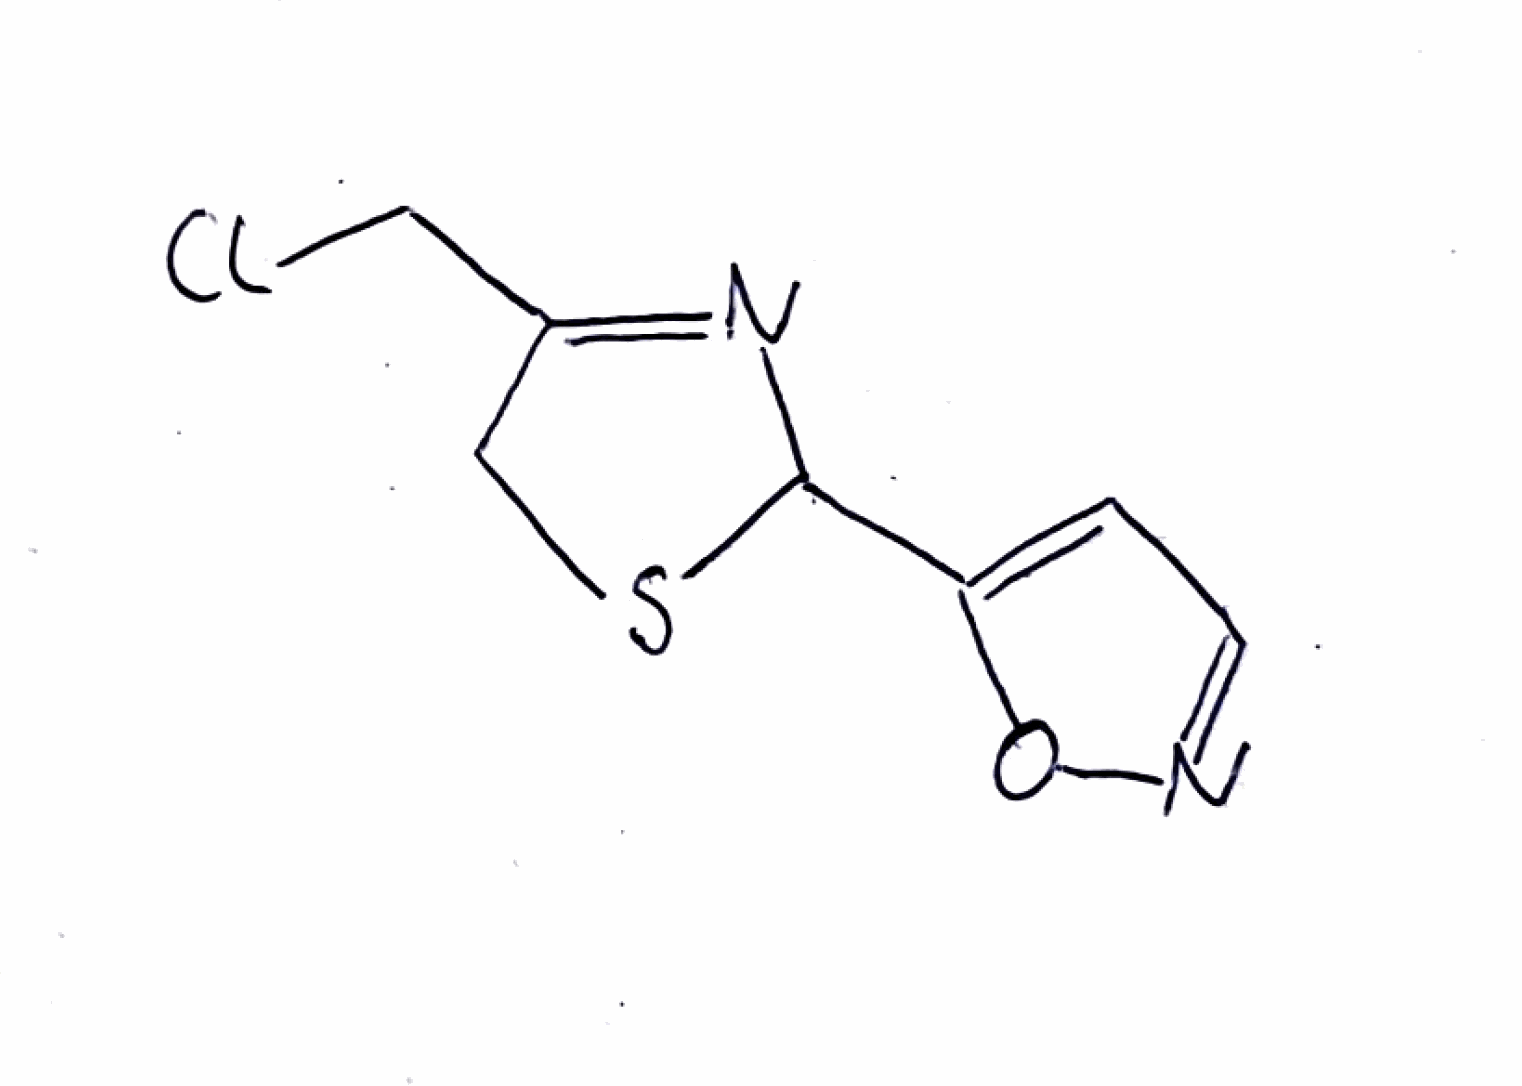
Simplified molecular-input line-entry system (SMILES) notation of the given molecule:
C1C(=NC(S1)C2=CC=NO2)CCl